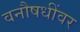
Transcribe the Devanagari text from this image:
वनौषधींवर